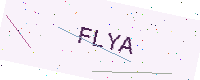
Text: FLYA